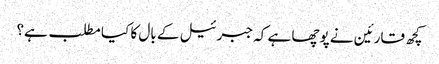
کچھ قارئین نے پوچھا ہے کہ جبرئیل کے بال کا کیا مطلب ہے؟